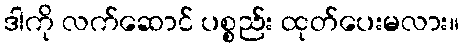
ဒါကို လက်ဆောင် ပစ္စည်း ထုတ်ပေးမလား။